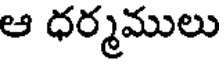
ఆ ధర్మములు